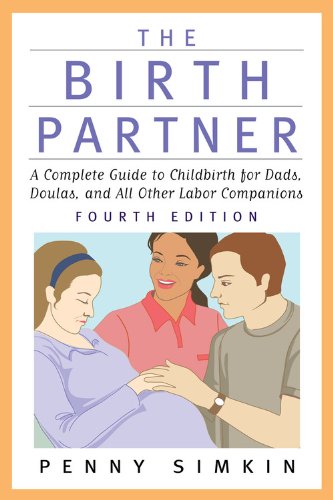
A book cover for The Birth Partner - Revised 4th Edition: A Complete Guide to Childbirth for Dads, Doulas, and All Other Labor Companions; Penny Simkin; Parenting & Relationships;